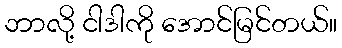
ဘာလို့ ငါဒါကို အောင်မြင်တယ်။